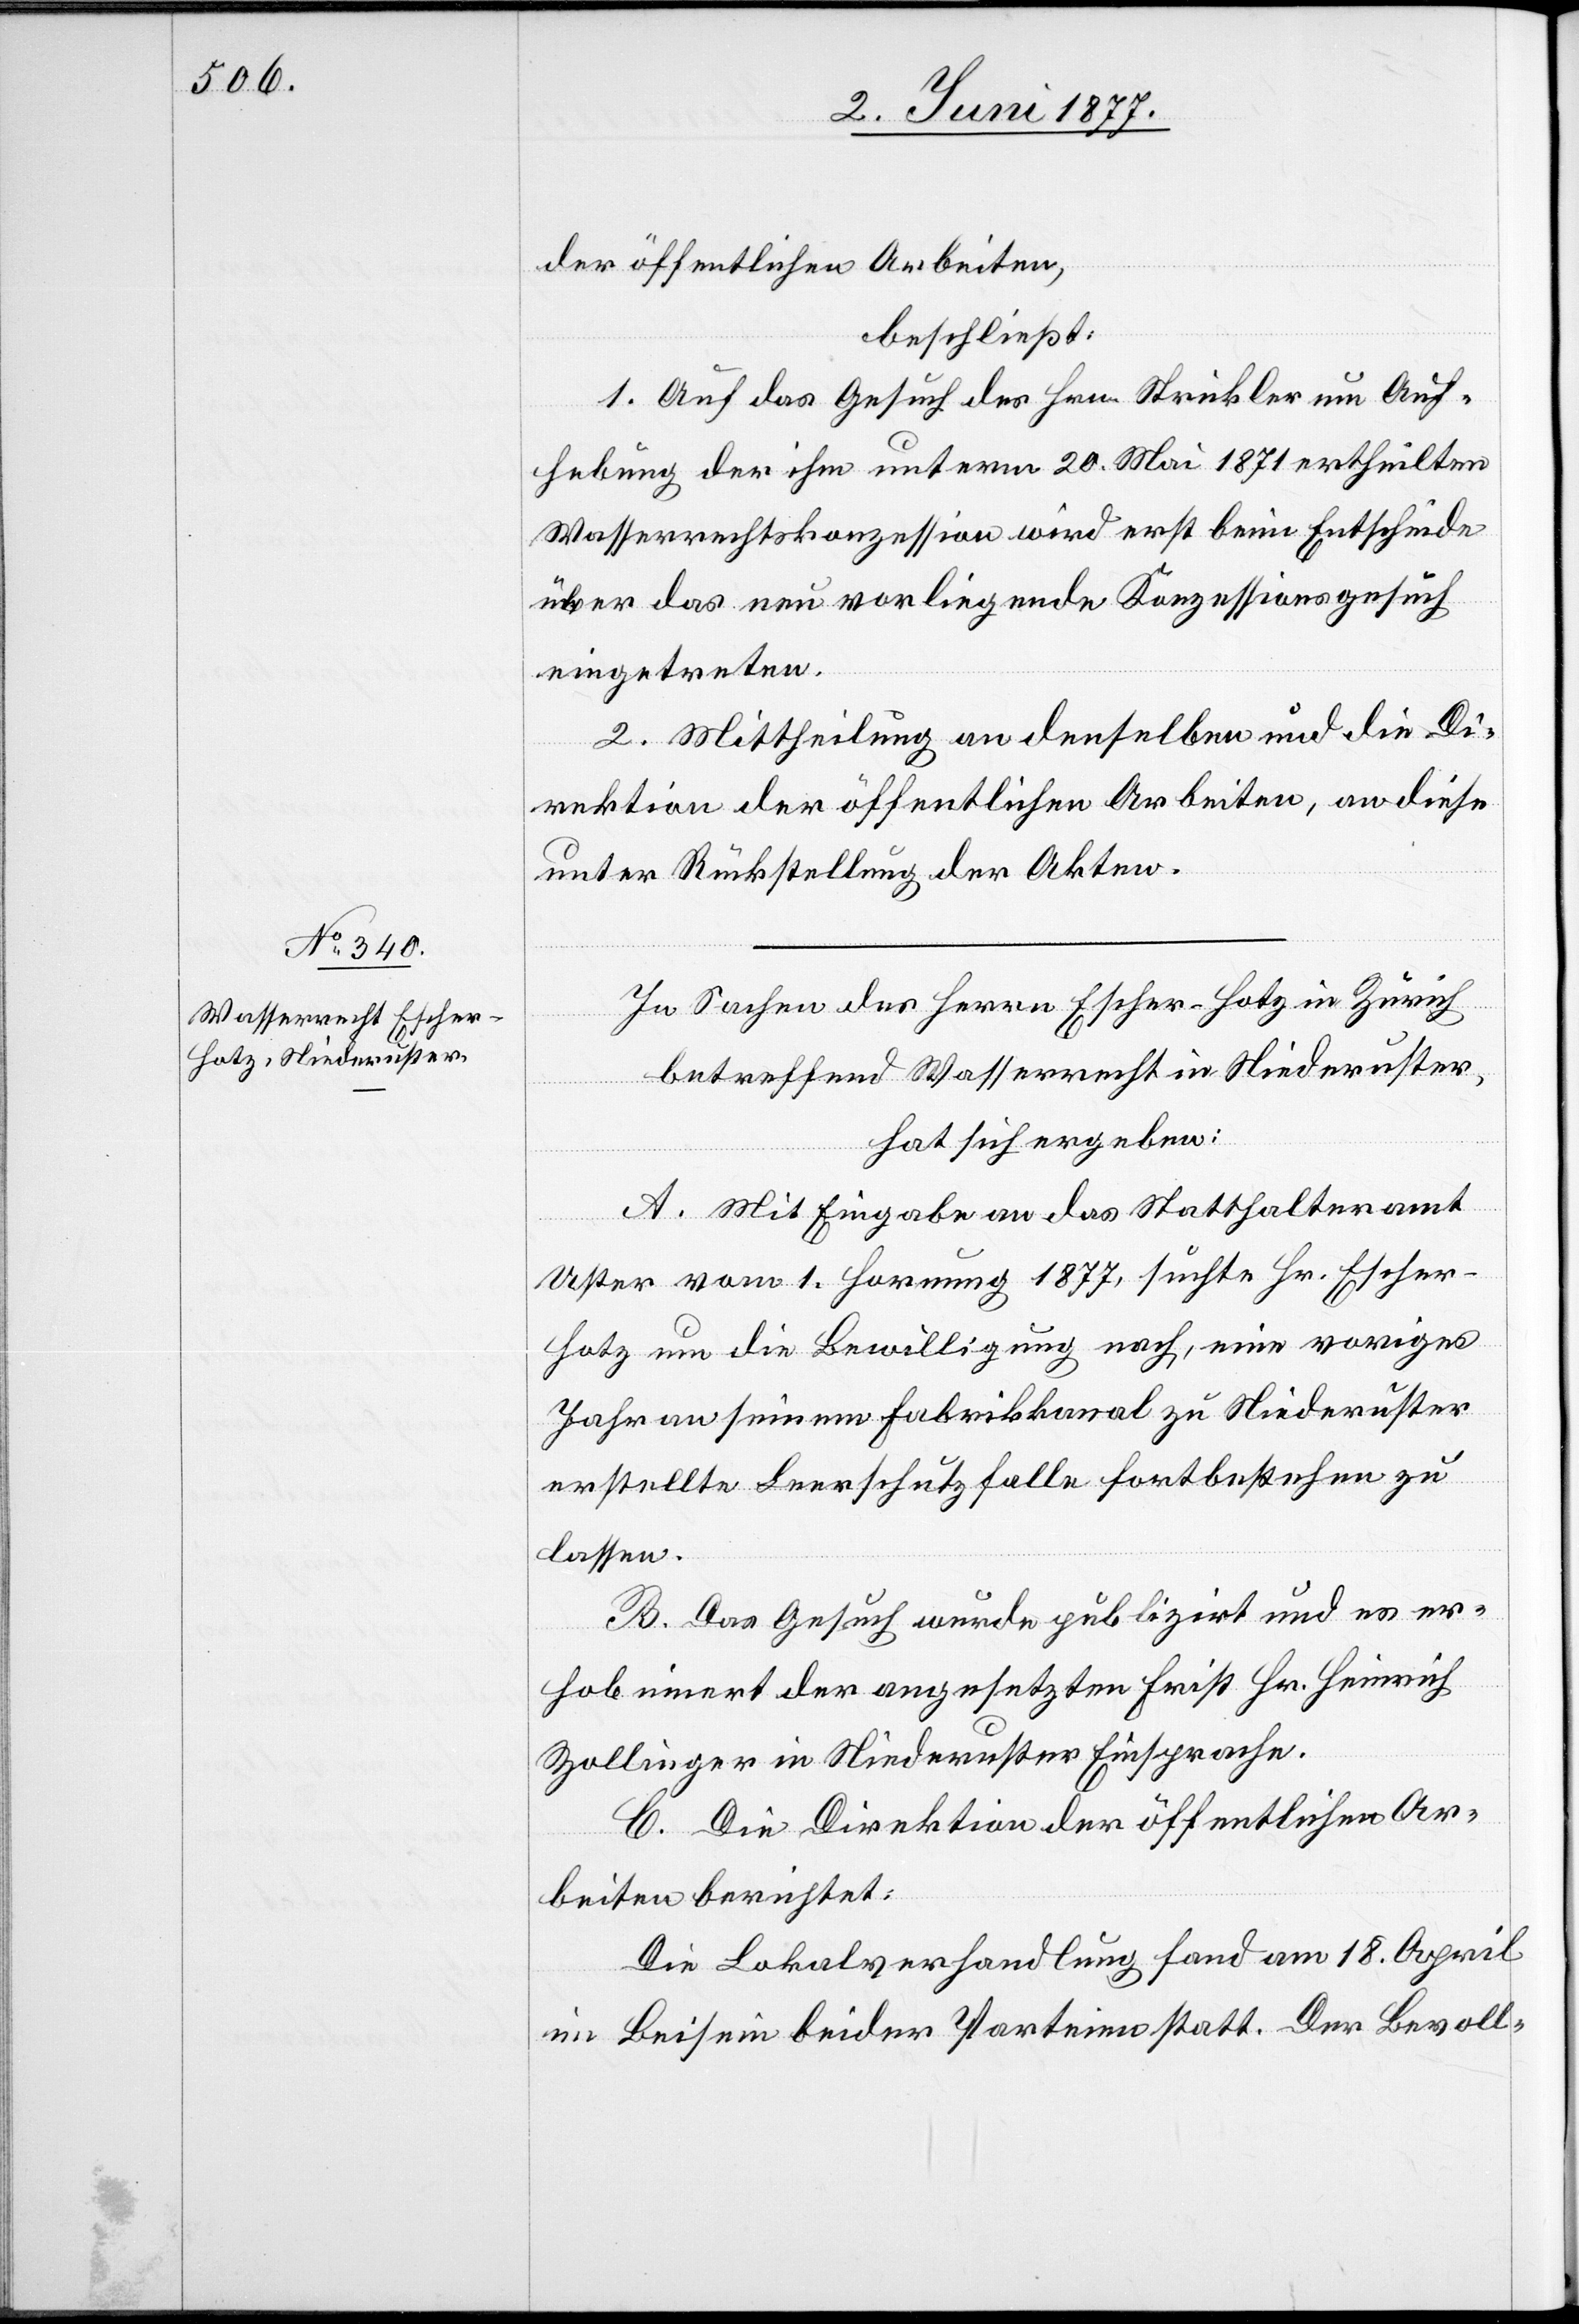
der öffentlichen Arbeiten,
beschließt:
1. Auf das Gesuch des Hrn. Strickler um Auf¬
hebung der ihm unterm 20. Mai 1871 ertheilten
Wasserrechtskonzession wird erst beim Entscheide
über das neu vorliegende Konzessionsgesuch
eingetreten.
2. Mittheilung an denselben und die Di¬
rektion der öffentlichen Arbeiten, an diese
unter Rückstellung der Akten.
In Sachen des Herrn Escher-Hotz in Zürich
betreffend Wasserrecht in Niederuster,
hat sich ergeben:
A. Mit Eingabe an das Statthalteramt
Uster vom 1. Hornung 1877, suchte Hr. Escher-H¬
otz um die Bewilligung nach, eine voriges
Jahr an seinem Fabrikkanal zu Niederuster
erstellte Leerschutzfalle fortbestehen zu
lassen.
B. Das Gesuch wurde publizirt und es er¬
hob innert der angesetzten Frist Hr. Heinrich
Zollinger in Niederuster Einsprache.
C. Die Direktion der öffentlichen Ar¬
beiten berichtet:
Die Lokalverhandlung fand am 18. April
im Beisein beider Parteien statt. Der Bevoll-